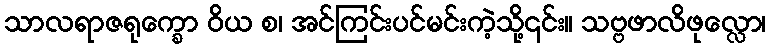
သာလရာဇရုက္ခော ဝိယ စ၊ အင်ကြင်းပင်မင်းကဲ့သို့၎င်း။ သဗ္ဗဖာလိဖုလ္လော၊